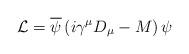
LaTeX: \begin{align*}{\cal L} = \overline{\psi}\left(i\gamma^{\mu}D_{\mu} - M\right)\psi\end{align*}